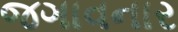
જગાવનાર